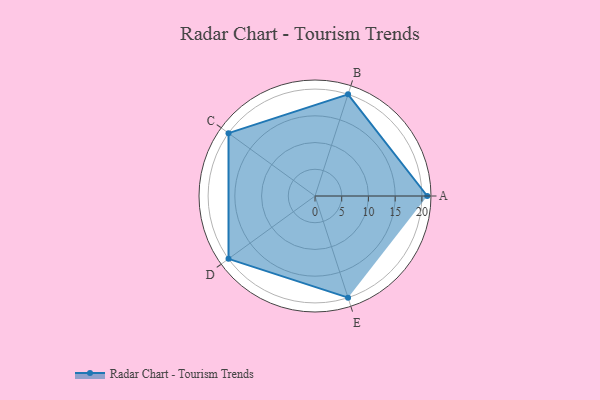
{"axis": {"x": "Skill", "y": "Score"}, "legend": ["Profile"], "data": [{"x": "A", "y": 21.0, "type": "Profile"}, {"x": "B", "y": 20, "type": "Profile"}, {"x": "C", "y": 20, "type": "Profile"}, {"x": "D", "y": 20, "type": "Profile"}, {"x": "E", "y": 20, "type": "Profile"}]}